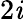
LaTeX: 2\mathit{i}